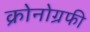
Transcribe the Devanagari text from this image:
क्रोनोग्रफी